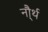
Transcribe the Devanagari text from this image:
नौ्र्थ